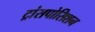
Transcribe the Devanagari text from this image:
ट्रांसपोसिशन